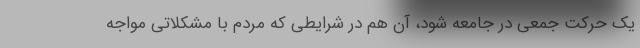
یک حرکت جمعی در جامعه شود، آن هم در شرایطی که مردم با مشکلاتی مواجه